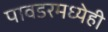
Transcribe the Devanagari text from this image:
पावडरमध्येही